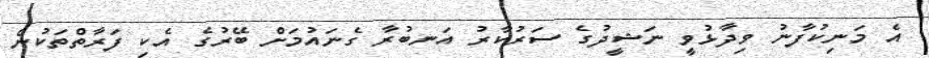
އެ މަނިކުފާނު ވިދާޅުވީ ނަޝީދުގެ ސަރުކާރު އަނބުރާ ގެނައުމަށް ބޭރުގެ އެކި ފަރާތްތަކުން